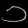
Digit: ၁